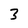
Character: 3